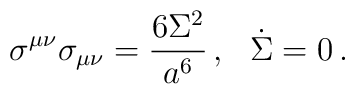
\sigma^{\mu\nu}\sigma_{\mu\nu}  ={6\Sigma^2\over a^6}\,,~~\dot\Sigma=0\,.